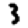
Digit: 3